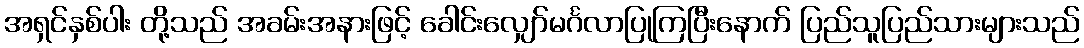
အရှင်နှစ်ပါး တို့သည် အခမ်းအနားဖြင့် ခေါင်းလျှော်မင်္ဂလာပြုကြပြီးနောက် ပြည်သူပြည်သားများသည်